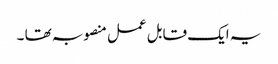
یہ ایک قابل عمل منصوبہ تھا ۔